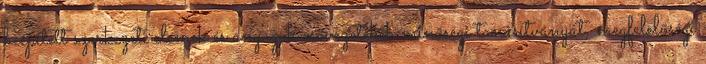
beépített szerkezeti elemek és anyagok csõvezetékek minõségi tanúsítványát, megfelelõségi